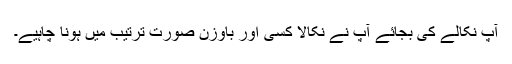
آپ نکالے کی بجائے آپ نے نکالا کسی اور باوزن صورت ترتیب میں ہونا چاہیے۔